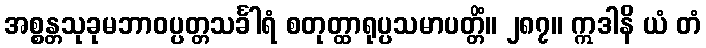
အစ္စန္တသုခုမဘာဝပ္ပတ္တသင်္ခါရံ စတုတ္ထာရုပ္ပသမာပတ္တိံ။ ၂၈၇။ ဣဒါနိ ယံ တံ